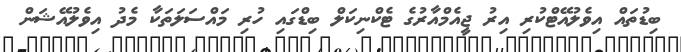
ބިޑުތައް އިވެލުއޭޓްކުރި އިރު ޖީއެމްއާރުގެ ޓެކްނިކަލް ބިޑްގައި ހުރި މައްސަލަތަކާ މެދު އިވެލުއޭޝަން